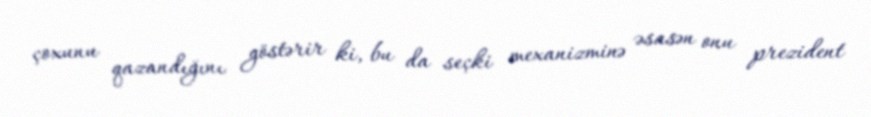
çoxunu qazandığını göstərir ki, bu da seçki mexanizminə əsasən onu prezident